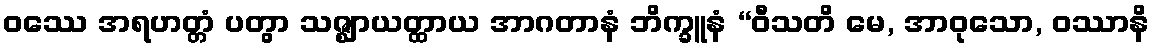
ဝဿေ အရဟတ္တံ ပတွာ သဇ္ဈာယတ္ထာယ အာဂတာနံ ဘိက္ခူနံ “ဝီသတိ မေ, အာဝုသော, ဝဿာနိ